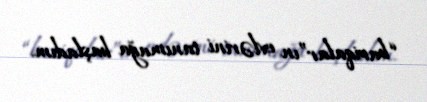
“bariqalar”ın evlərini tanımağa başladım.